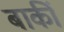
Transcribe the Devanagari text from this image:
बाकीं